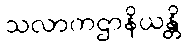
သလာကဌာနိယန္တိ